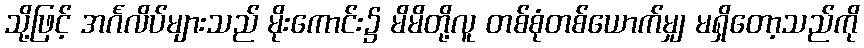
သို့ဖြင့် အင်္ဂလိပ်များသည် မိုးကောင်း၌ မိမိတို့လူ တစ်စုံတစ်ယောက်မျှ မရှိတော့သည်ကို